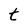
Character: t